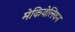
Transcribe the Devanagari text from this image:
मेकिवेलियन